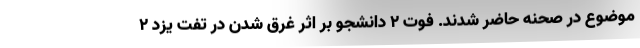
موضوع در صحنه حاضر شدند. فوت 2 دانشجو بر اثر غرق شدن در تفت یزد ۲